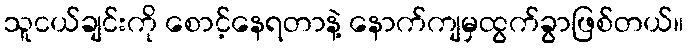
သူငယ်ချင်းကို စောင့်နေရတာနဲ့ နောက်ကျမှထွက်ခွာဖြစ်တယ်။